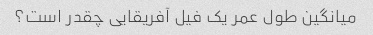
میانگین طول عمر یک فیل آفریقایی چقدر است؟